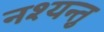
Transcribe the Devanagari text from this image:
नश्यन्तु